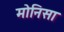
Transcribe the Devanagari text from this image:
मोनिसा